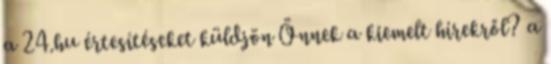
a 24.hu értesítéseket küldjön Önnek a kiemelt hírekről? a